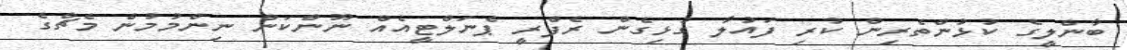
ބާންލީގެ ކުޅުންތެރިން ކުރި ފައުލާ ގުޅިގެން ރެފްރީ ޕެނަލްޓީއެއް ނޫންކަން ނިންމުމުން މެޗްގެ